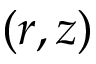
( r , z )